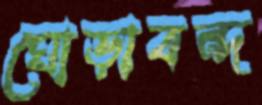
ঘোড়াবন্দ